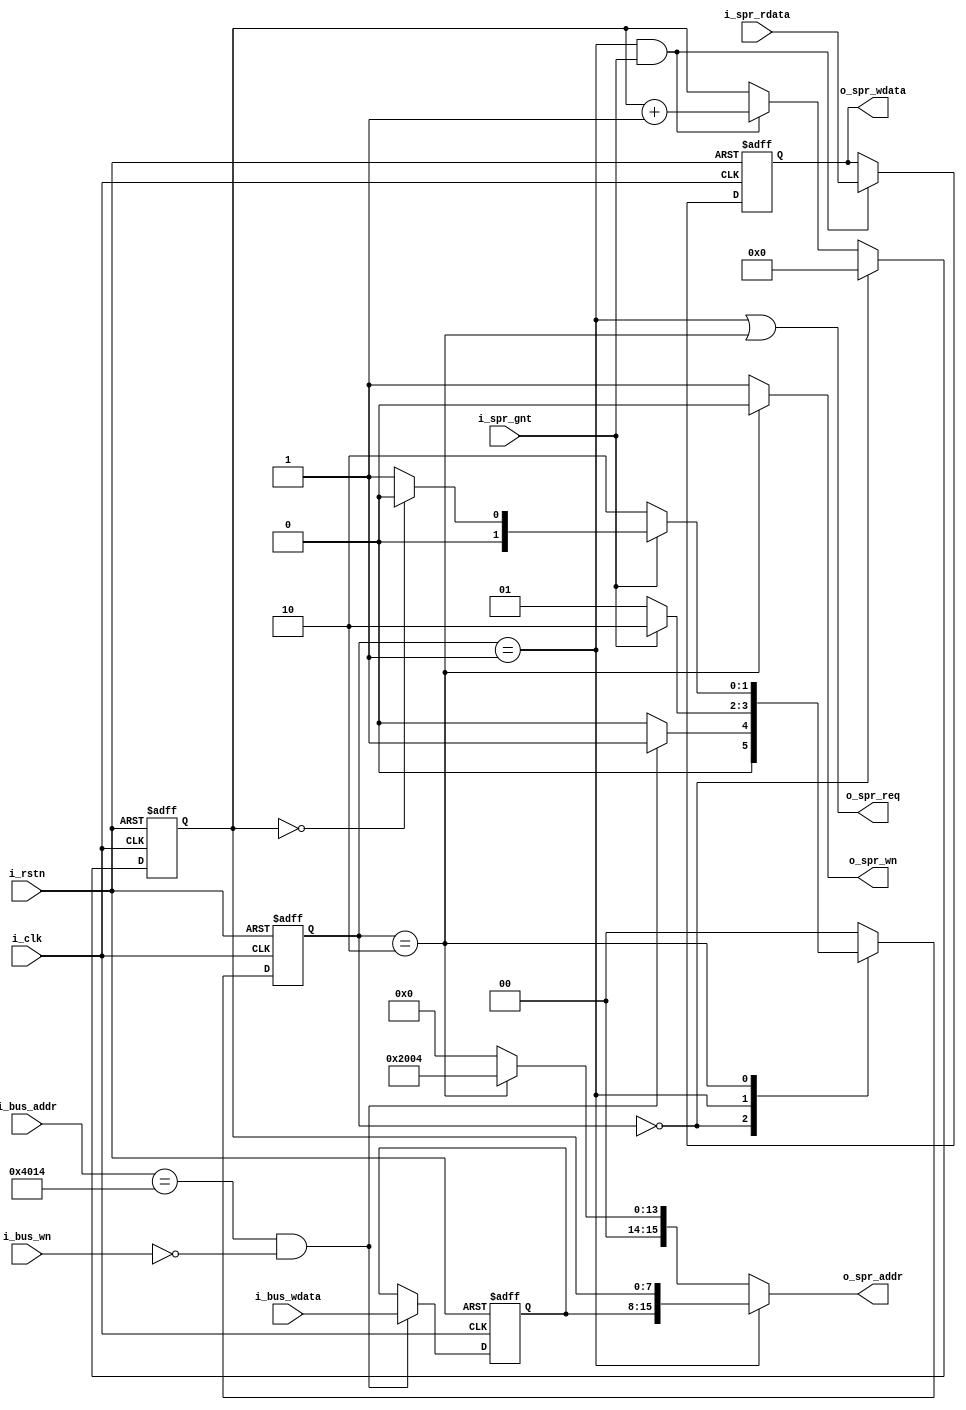
module ppu_dma(
    input           i_clk       ,
    input           i_rstn      ,
    //slave
    input   [15:0]  i_bus_addr  ,
    input           i_bus_wn    ,
    input   [7:0]   i_bus_wdata ,
    //master
    output          o_spr_req   ,
    input           i_spr_gnt   ,
    output  [15:0]  o_spr_addr  ,
    output          o_spr_wn    ,
    output  [7:0]   o_spr_wdata ,
    input   [7:0]   i_spr_rdata
);

reg [1:0] r_dma_state;
reg [1:0] c_dma_next;
parameter [1:0] DMA_IDLE    = 2'b00;
parameter [1:0] DMA_RD_MEM   = 2'b01;
parameter [1:0] DMA_WR_OAM   = 2'b10;
reg [7:0]   r_dma_cnt;
reg [7:0]   r_bus_buf;
reg [15:8]  r_spr_addr_h;

//cfg port
always @(posedge i_clk or negedge i_rstn) begin
    if(~i_rstn) begin
        r_spr_addr_h <= 8'h0;
    end
    else begin
        if((i_bus_addr==16'h4014) & (~i_bus_wn))
            r_spr_addr_h <= i_bus_wdata;
    end
end 

//state machine
always @ ( * ) begin
    case (r_dma_state)
        DMA_IDLE:
            if((i_bus_addr==16'h4014) & (~i_bus_wn))
                c_dma_next = DMA_RD_MEM;
            else
                c_dma_next = DMA_IDLE;
        DMA_RD_MEM:
            if(i_spr_gnt)
                c_dma_next = DMA_WR_OAM;
            else
                c_dma_next = DMA_RD_MEM;
        DMA_WR_OAM:
            if(i_spr_gnt) begin
                if(r_dma_cnt==8'h00)
                    c_dma_next = DMA_IDLE;
                else
                    c_dma_next = DMA_RD_MEM;
            end
            else
                c_dma_next = DMA_WR_OAM;
        default:
            c_dma_next = DMA_IDLE;
    endcase
end

always @ (posedge i_clk or negedge i_rstn) begin
    if(~i_rstn) begin
        r_dma_state <= DMA_IDLE;
    end
    else begin
        r_dma_state <= c_dma_next;
    end
end

always @(posedge i_clk or negedge i_rstn) begin
    if(~i_rstn) begin
        r_dma_cnt <= 8'hff;
    end
    else begin
        if(r_dma_state==DMA_IDLE)
            r_dma_cnt <= 8'h00;
        else if((r_dma_state==DMA_RD_MEM) & i_spr_gnt)
            r_dma_cnt <= r_dma_cnt + 8'h1;
    end
end

always @(posedge i_clk or negedge i_rstn) begin
    if(~i_rstn) begin
        r_bus_buf <= 8'h0;
    end
    else begin
        if((r_dma_state==DMA_RD_MEM) & i_spr_gnt)
            r_bus_buf <= i_spr_rdata;
    end
end 



assign o_spr_req = (r_dma_state==DMA_RD_MEM) | (r_dma_state==DMA_WR_OAM);
assign o_spr_addr = (r_dma_state==DMA_RD_MEM) ?{r_spr_addr_h, r_dma_cnt} :
                    (r_dma_state==DMA_WR_OAM) ? 16'h2004 :
                    16'h0;
assign o_spr_wn = (r_dma_state==DMA_WR_OAM) ? 1'b0 : 1'b1;
assign o_spr_wdata = r_bus_buf;



endmodule